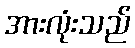
အားလုံးသည်